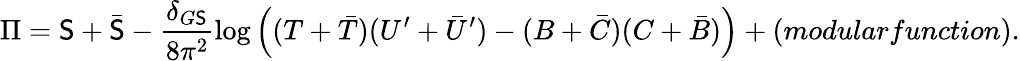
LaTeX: {\Pi}=\mathsf{S}+{\bar{{\mathsf{S}}}}-\frac{{\delta_{G\mathsf{S}}}}{{8\pi^{2}}}\log\left((T+{\bar{{T}}})(U^{\prime}+{\bar{{U}}}^{\prime})-(B+{\bar{{C}}})(C+{\bar{{B}}})\right)+(modularfunction).